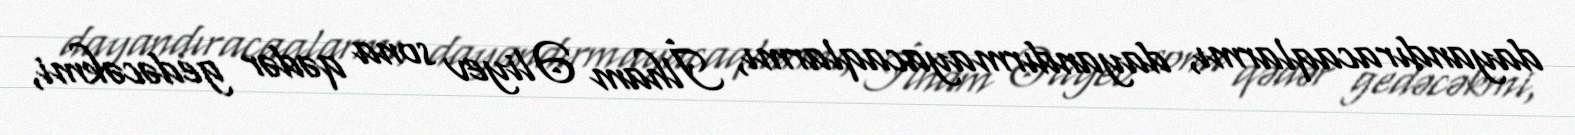
dayandıracaqlarmı, dayandırmayacaqlarmı, İlham Əliyev sona qədər gedəcəkmi,